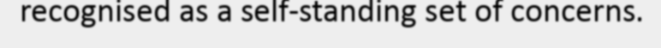
recognised as a self-standing set of concerns.